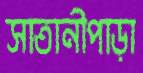
সাতানীপাড়া